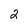
Character: 2